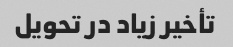
تأخیر زیاد در تحویل